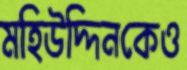
মহিউদ্দিনকেও